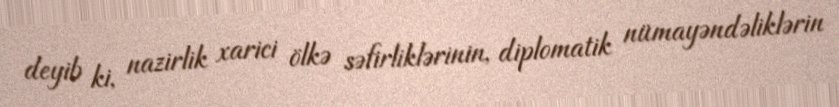
deyib ki, nazirlik xarici ölkə səfirliklərinin, diplomatik nümayəndəliklərin